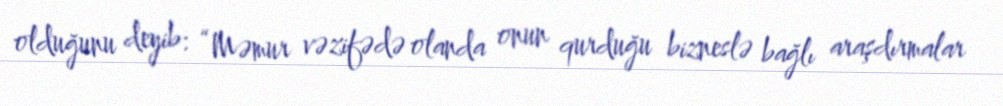
olduğunu deyib: “Məmur vəzifədə olanda onun qurduğu bizneslə bağlı araşdırmalar